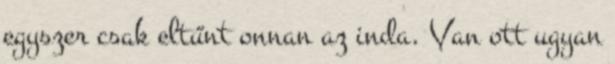
egyszer csak eltűnt onnan az inda. Van ott ugyan